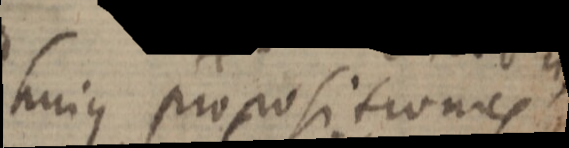
huius propositiones